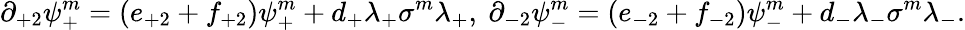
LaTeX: \partial_{+2}\psi_{+}^{m}=(e_{+2}+f_{+2})\psi_{+}^{m}+d_{+}\lambda_{+}\sigma^{m}\lambda_{+},\ \partial_{-2}\psi_{-}^{m}=(e_{-2}+f_{-2})\psi_{-}^{m}+d_{-}\lambda_{-}\sigma^{m}\lambda_{-}.